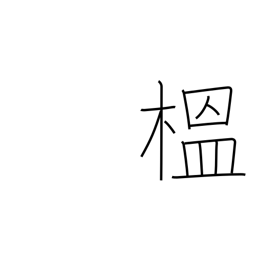
Meaning: quince